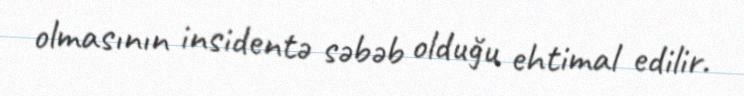
olmasının insidentə səbəb olduğu ehtimal edilir.